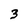
Character: 3